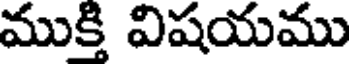
ముక్తి విషయము